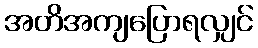
အတိအကျပြောရလျှင်